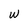
Character: w